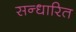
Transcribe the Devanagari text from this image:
सन्धारित